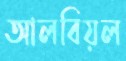
আলবিয়ল